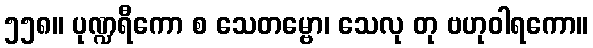
၅၅၈။ ပုဏ္ဍရီကော စ သေတမ္ဗော၊ သေလု တု ဗဟုဝါရကော။